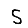
Digit: 5